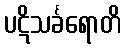
ပဋိသင်္ခရောတိ